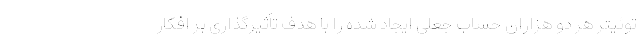
توئیتر هر دو هزاران حساب جعلی ایجاد شده را با هدف تأثیرگذاری بر افکار